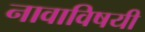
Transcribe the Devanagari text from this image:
नावाविषयी